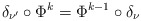
\begin{align*} \delta_{\nu^\prime}\circ\Phi^k= \Phi^{k-1}\circ\delta_\nu\end{align*}